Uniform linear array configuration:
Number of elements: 64
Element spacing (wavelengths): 0.75
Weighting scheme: kaiser
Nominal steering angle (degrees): -30
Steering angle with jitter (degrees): -30.572
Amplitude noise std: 0.05
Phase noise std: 0.05

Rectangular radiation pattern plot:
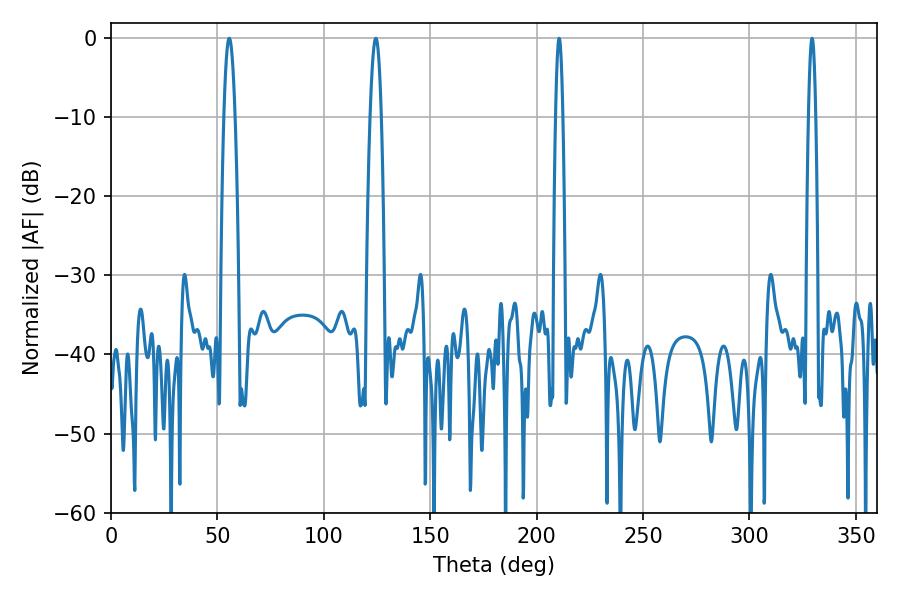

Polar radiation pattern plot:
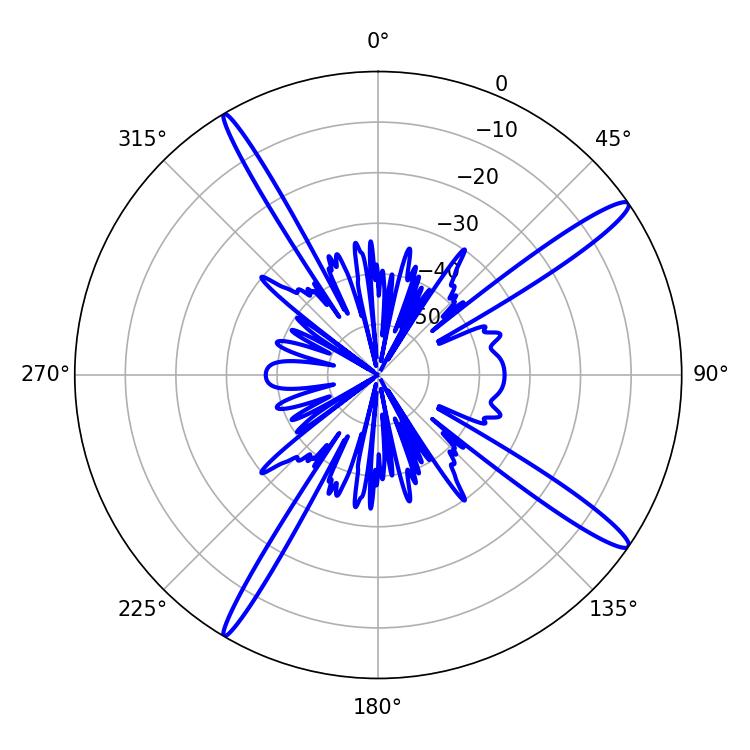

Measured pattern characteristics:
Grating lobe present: TRUE
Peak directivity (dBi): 15.662
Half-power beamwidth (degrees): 1.8
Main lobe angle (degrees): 210.6